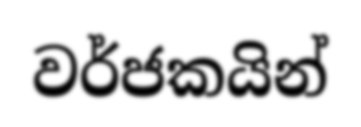
වර්ජකයින්